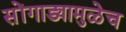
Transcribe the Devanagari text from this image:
सोंगाड्यामुळेच